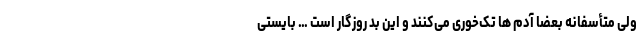
ولی متأسفانه بعضا آدم ها تک‌خوری می‌کنند و این بدِ روزگار است … بایستی